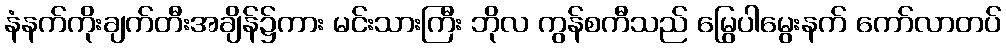
နံနက်ကိုးချက်တီးအချိန်၌ကား မင်းသားကြီး ဘိုလ ကွန်စကီသည် မြွေပါမွေးနက် ကော်လာတပ်